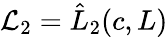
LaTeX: \mathcal{L}_{2}=\hat{L}_{2}(c,L)